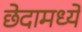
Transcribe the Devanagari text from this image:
छेदामध्ये